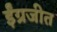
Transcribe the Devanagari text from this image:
ईंग्रजीत